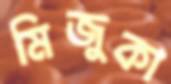
মিজুকা